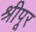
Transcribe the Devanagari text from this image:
श्रीपूर